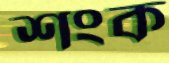
শংক